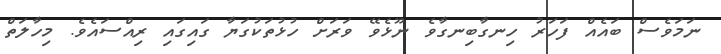
ނަމަވެސް ބައެއް ފަހަރު ހިނގާބިނގާވެ ނޫޅެވޭ ވަރަށް ހުޅުތަކުގަޔާ ގައިގައި ރިއްސައެވެ. މިހާލަތް